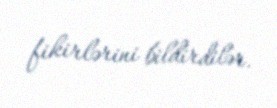
fikirlərini bildirdilər.